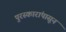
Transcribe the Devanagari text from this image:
पुरस्कारांपासून